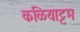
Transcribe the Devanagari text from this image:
कळियाट्टम